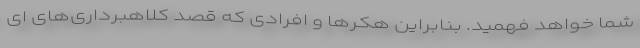
شما خواهد فهمید. بنابراین هکرها و افرادی که قصد کلاهبرداری‌های ای